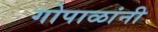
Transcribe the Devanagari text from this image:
गोपाळांनी